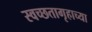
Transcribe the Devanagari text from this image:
स्वच्छतागृहाच्या